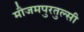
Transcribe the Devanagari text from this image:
मौजमपुरतुल्सी